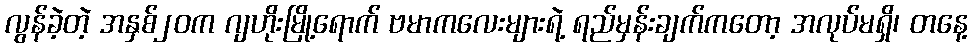
လွန်ခဲ့တဲ့ အနှစ်၂၀က ဂျဟိုးမြို့ရောက် ဗမာကလေးများရဲ့ ရည်မှန်းချက်ကတော့ အလုပ်မရှိ၊ တနေ့